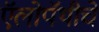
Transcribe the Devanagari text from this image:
ऍलोपॅथीचे